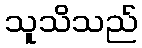
သူသိသည်